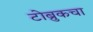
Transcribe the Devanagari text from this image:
टोब्रुकचा